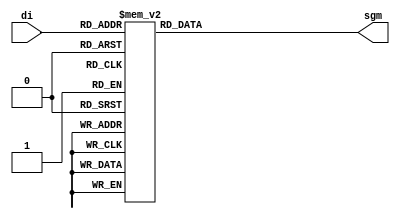
`timescale 1ns / 1ps


module dcd7seg(
    input [3:0]di,
    output reg [7:0]sgm
    );
    
always@(di)
    case(di)
    0: sgm = 8'b00000011;
    1: sgm = 8'b10011111;
    2: sgm = 8'b00100101;
    3: sgm = 8'b00001101;
    4: sgm = 8'b10011001;
    5: sgm = 8'b01001001;
    6: sgm = 8'b01000001;
    7: sgm = 8'b00011111;
    8: sgm = 8'b00000001;
    9: sgm = 8'b00001001;
    10: sgm = 8'b00010001;
    11: sgm = 8'b11000001;
    12: sgm = 8'b01100011;
    13: sgm = 8'b10000101;
    14: sgm = 8'b01100001;
    15: sgm = 8'b01110001;
 default : sgm = 8'b11111111;
 endcase
   
endmodule